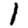
Digit: 1